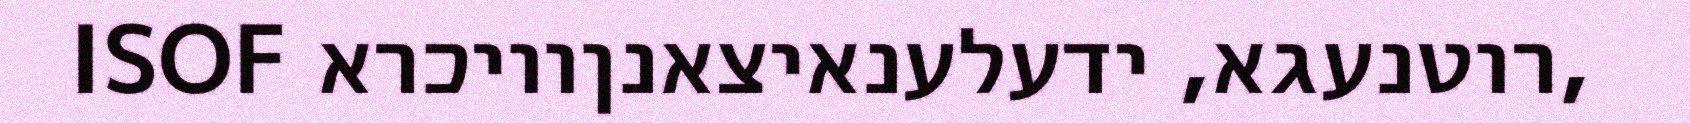
ISOF רוטנעגא, ידעלענאיצאנןוויכרא,